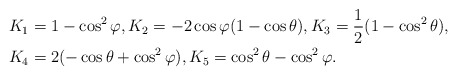
\begin{align*} &K_{1}=1-\cos^{2}\varphi,K_{2}=-2\cos\varphi(1-\cos\theta),K_{3}=\frac{1}{2}(1-\cos^{2}\theta), \\& K_{4}=2(-\cos\theta+\cos^{2}\varphi), K_{5}=\cos^{2}\theta-\cos^{2}\varphi. \end{align*}